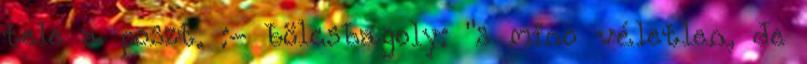
tele a poszt. :- bölcsbagoly: "s mino véletlen, de